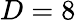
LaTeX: D=8